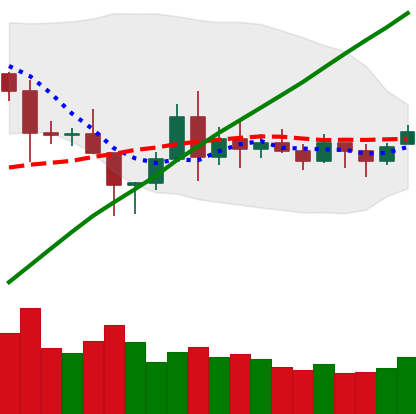
Ticker: BNB-USD
Chart end date: 2020-11-17
Forward return: 4.888%
Label: up_3_5